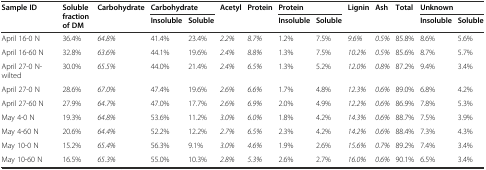
<table><thead><tr><td rowspan="2"><b>Sample ID</b></td><td rowspan="2"><b>Soluble fraction of DM</b></td><td rowspan="2"><b>Carbohydrate</b></td><td colspan="2"><b>Carbohydrate</b></td><td rowspan="2"><b>Acetyl</b></td><td rowspan="2"><b>Protein</b></td><td colspan="2"><b>Protein</b></td><td rowspan="2"><b>Lignin</b></td><td rowspan="2"><b>Ash</b></td><td rowspan="2"><b>Total</b></td><td colspan="2"><b>Unknown</b></td></tr><tr><td><b>Insoluble</b></td><td><b>Soluble</b></td><td><b>Insoluble</b></td><td><b>Soluble</b></td><td><b>Insoluble</b></td><td><b>Soluble</b></td></tr></thead><tbody><tr><td>April 16-0 N</td><td>36.4%</td><td><i>64.8%</i></td><td>41.4%</td><td>23.4%</td><td><i>2.2%</i></td><td><i>8.7%</i></td><td>1.2%</td><td>7.5%</td><td><i>9.6%</i></td><td><i>0.5%</i></td><td>85.8%</td><td>8.6%</td><td>5.6%</td></tr><tr><td>April 16-60 N</td><td>32.8%</td><td><i>63.6%</i></td><td>44.1%</td><td>19.6%</td><td><i>2.4%</i></td><td><i>8.8%</i></td><td>1.3%</td><td>7.5%</td><td><i>10.2%</i></td><td><i>0.5%</i></td><td>85.6%</td><td>8.7%</td><td>5.7%</td></tr><tr><td>April 27-0 N-wilted</td><td>30.0%</td><td><i>65.5%</i></td><td>44.0%</td><td>21.4%</td><td><i>2.4%</i></td><td><i>6.5%</i></td><td>1.3%</td><td>5.2%</td><td><i>12.0%</i></td><td><i>0.8%</i></td><td>87.2%</td><td>9.4%</td><td>3.4%</td></tr><tr><td>April 27-0 N</td><td>28.6%</td><td><i>67.0%</i></td><td>47.4%</td><td>19.6%</td><td><i>2.6%</i></td><td><i>6.6%</i></td><td>1.7%</td><td>4.8%</td><td><i>12.3%</i></td><td><i>0.6%</i></td><td>89.0%</td><td>6.8%</td><td>4.2%</td></tr><tr><td>April 27-60 N</td><td>27.9%</td><td><i>64.7%</i></td><td>47.0%</td><td>17.7%</td><td><i>2.6%</i></td><td><i>6.9%</i></td><td>2.0%</td><td>4.9%</td><td><i>12.2%</i></td><td><i>0.6%</i></td><td>86.9%</td><td>7.8%</td><td>5.3%</td></tr><tr><td>May 4-0 N</td><td>19.3%</td><td><i>64.8%</i></td><td>53.6%</td><td>11.2%</td><td><i>3.0%</i></td><td><i>6.0%</i></td><td>1.8%</td><td>4.2%</td><td><i>14.3%</i></td><td><i>0.6%</i></td><td>88.7%</td><td>7.5%</td><td>3.9%</td></tr><tr><td>May 4-60 N</td><td>20.6%</td><td><i>64.4%</i></td><td>52.2%</td><td>12.2%</td><td><i>2.7%</i></td><td><i>6.5%</i></td><td>2.3%</td><td>4.2%</td><td><i>14.2%</i></td><td><i>0.6%</i></td><td>88.4%</td><td>7.3%</td><td>4.3%</td></tr><tr><td>May 10-0 N</td><td>15.2%</td><td><i>65.4%</i></td><td>56.3%</td><td>9.1%</td><td><i>3.0%</i></td><td><i>4.6%</i></td><td>1.9%</td><td>2.6%</td><td><i>15.6%</i></td><td><i>0.7%</i></td><td>89.2%</td><td>7.4%</td><td>3.4%</td></tr><tr><td>May 10-60 N</td><td>16.5%</td><td><i>65.3%</i></td><td>55.0%</td><td>10.3%</td><td><i>2.8%</i></td><td><i>5.3%</i></td><td>2.6%</td><td>2.7%</td><td><i>16.0%</i></td><td><i>0.6%</i></td><td>90.1%</td><td>6.5%</td><td>3.4%</td></tr></tbody></table>